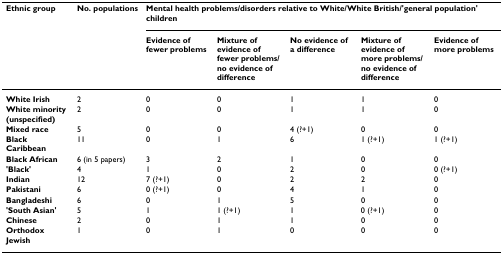
<table><thead><tr><td><b>Ethnic group</b></td><td><b>No. populations</b></td><td colspan="5"><b>Mental health problems/disorders relative to White/White British/'general population' children</b></td></tr><tr><td>[EMPTY_CELL]</td><td>[EMPTY_CELL]</td><td><b>Evidence of fewer problems</b></td><td><b>Mixture of evidence of fewer problems/no evidence of difference</b></td><td><b>No evidence of a difference</b></td><td><b>Mixture of evidence of more problems/no evidence of difference</b></td><td><b>Evidence of more problems</b></td></tr></thead><tbody><tr><td><b>White Irish</b></td><td>2</td><td>0</td><td>0</td><td>1</td><td>1</td><td>0</td></tr><tr><td><b>White minority (unspecified)</b></td><td>2</td><td>0</td><td>0</td><td>1</td><td>1</td><td>0</td></tr><tr><td><b>Mixed race</b></td><td>5</td><td>0</td><td>0</td><td>4 (?+1)</td><td>0</td><td>0</td></tr><tr><td><b>Black Caribbean</b></td><td>11</td><td>0</td><td>1</td><td>6</td><td>1 (?+1)</td><td>1 (?+1)</td></tr><tr><td><b>Black African</b></td><td>6 (in 5 papers)</td><td>3</td><td>2</td><td>1</td><td>0</td><td>0</td></tr><tr><td><b>'Black'</b></td><td>4</td><td>1</td><td>0</td><td>2</td><td>0</td><td>0 (?+1)</td></tr><tr><td><b>Indian</b></td><td>12</td><td>7 (?+1)</td><td>0</td><td>2</td><td>2</td><td>0</td></tr><tr><td><b>Pakistani</b></td><td>6</td><td>0 (?+1)</td><td>0</td><td>4</td><td>1</td><td>0</td></tr><tr><td><b>Bangladeshi</b></td><td>6</td><td>0</td><td>1</td><td>5</td><td>0</td><td>0</td></tr><tr><td><b>'South Asian'</b></td><td>5</td><td>1</td><td>1 (?+1)</td><td>1</td><td>0 (?+1)</td><td>0</td></tr><tr><td><b>Chinese</b></td><td>2</td><td>0</td><td>1</td><td>1</td><td>0</td><td>0</td></tr><tr><td><b>Orthodox Jewish</b></td><td>1</td><td>0</td><td>1</td><td>0</td><td>0</td><td>0</td></tr></tbody></table>